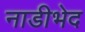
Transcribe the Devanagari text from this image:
नाडीभेद